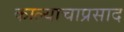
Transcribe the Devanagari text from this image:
काल्याचाप्रसाद